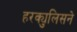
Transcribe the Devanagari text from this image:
हरक्युलिसने